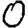
Digit: 0